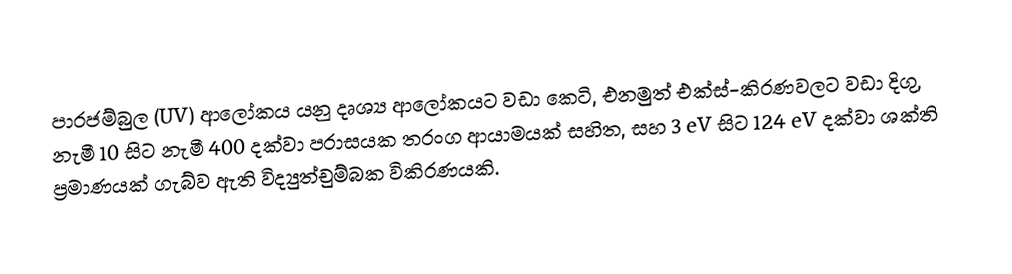
පාරජම්බුල (UV) ආලෝකය යනු දෘශ්‍ය ආලෝකයට වඩා කෙටි, එනමුත්  එක්ස්-කිරණවලට වඩා දිගු, නැමී 10 සිට  නැමී 400 දක්වා පරාසයක තරංග ආයාමයක් සහිත, සහ 3 eV සිට 124 eV දක්වා ශක්ති ප්‍රමාණයක් ගැබ්ව ඇති විද්‍යුත්චුම්බක විකිරණයකි.